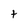
Character: t